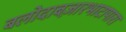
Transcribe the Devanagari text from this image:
बलोदाबज़ारभाटापारा